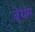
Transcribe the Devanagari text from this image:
बेंथॅम